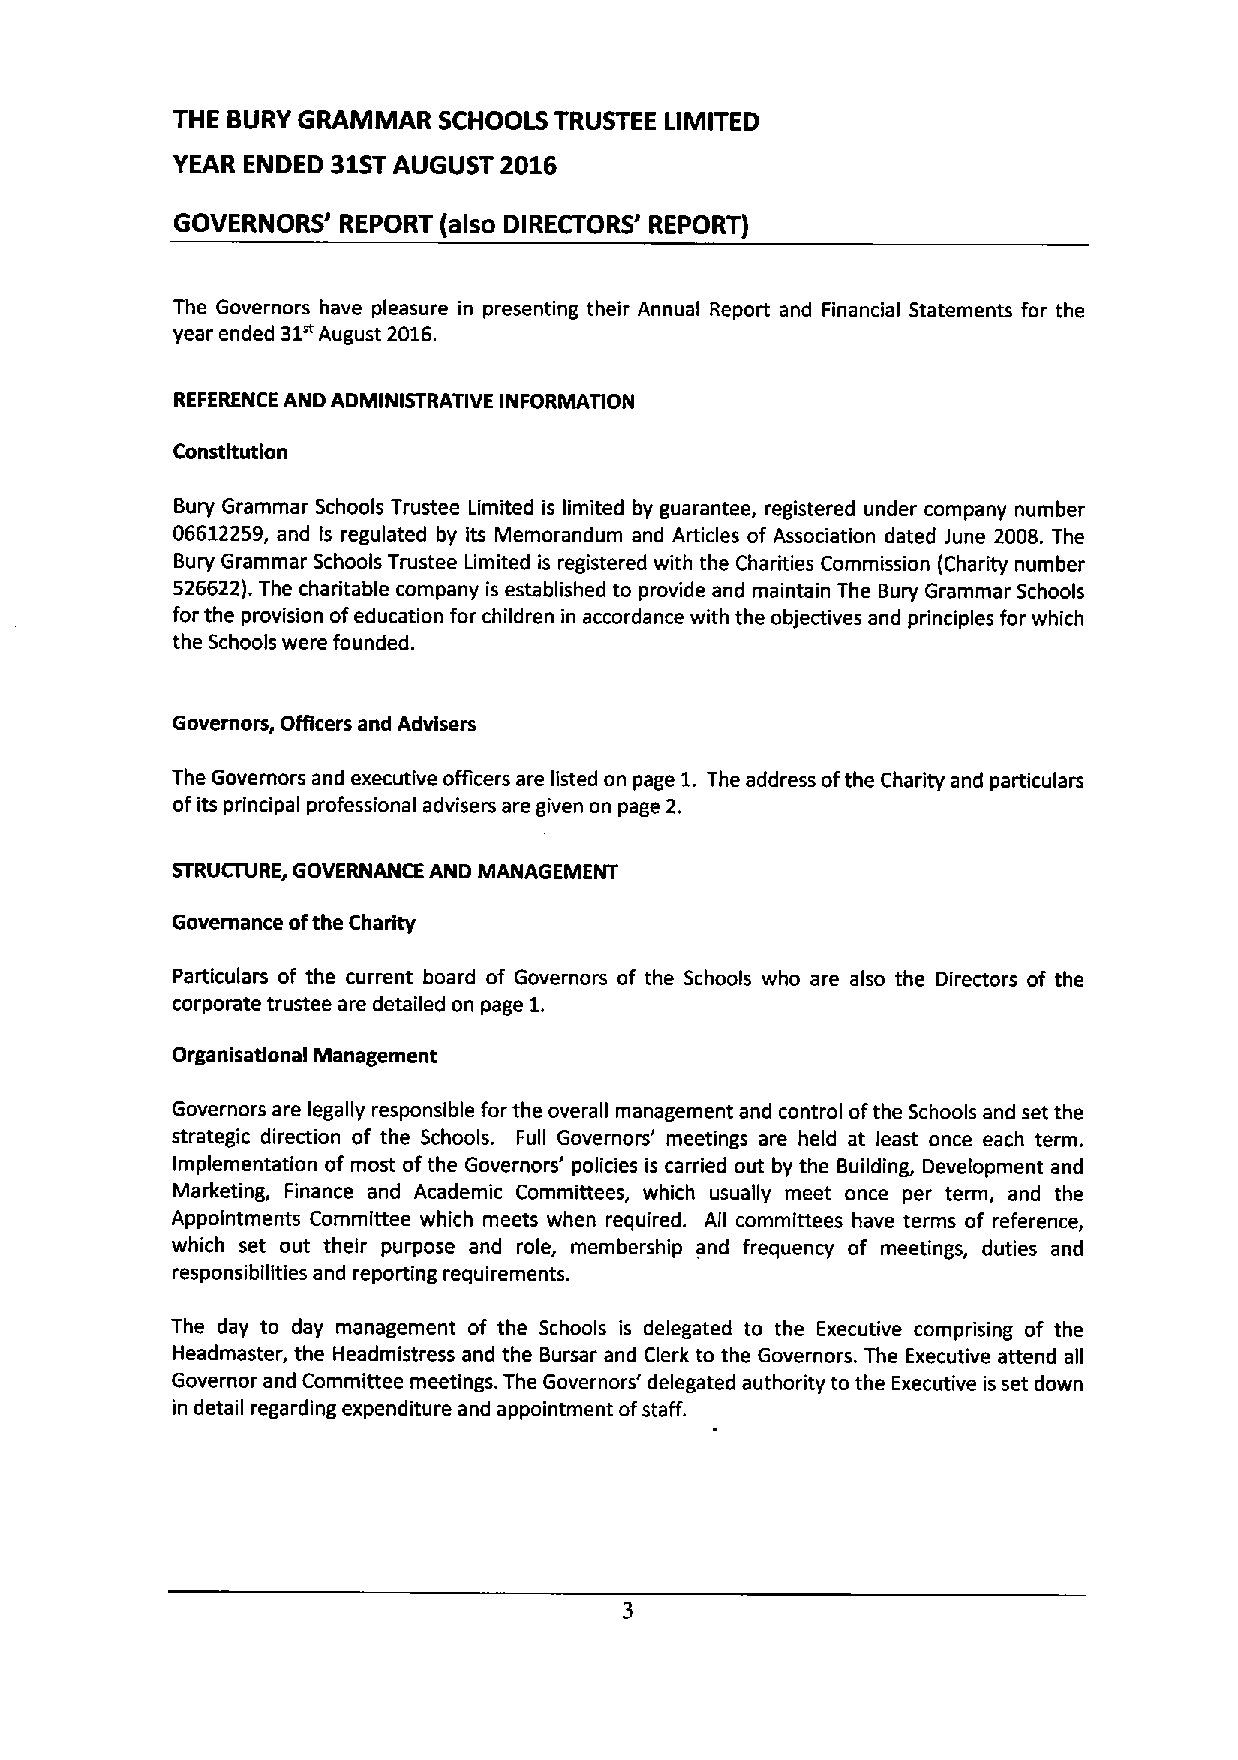
THE BURY GRAMMAR  SCHOOLS TRUSTEE LIMITED
 YEAR ENDED 31STAUGUST 2016
 GOVERNORS' REPORT (also DIRECTORS' REPORT)
 The Governors have pleasure in presenting their Annual Report and Financial Statements for the
 31"
 year ended August 2016.
 REFERENCE AND ADMINISTRATIVE INFORMATION
 Constitution
 Bury Grammar Schools Trustee Limited is limited by guarantee, registered under company number
 06612259, and Is regulated by its Memorandum and Articles of Association dated June 2008. The
 Bury Grammar Schools Trustee Limited is registered with the Charities Commission (Charity number
 526622).The charitable company is established to provide and maintain The Bury Grammar Schools
 for the provision ofeducation for children in accordance with the objectives and principles for which
 the Schools were founded.
 Governors, Officers and Advisers
 The Governors and executive officers are listed on page 1.The address ofthe Charity and particulars
 ofits principal professional advisers are given on page 2.
 STRUCTURE, GOVERNANCE AND MANAGEMENT
 Governance ofthe Charity
 Particulars of the current board of Governors of the Schools who are also the Directors of the
 corporate trustee are detailed on page 1.
 Organisatlonal Management
 Governors are legally responsible for the overall management and control ofthe Schools and set the
 strategic direction of the Schools. Full Governors' meetings are held at least once each term.
 Implementation of most ofthe Governors' policies is carried out by the Building, Development and
 Marketing, Finance and Academic Committees, which usually meet once per term, and the
 Appointments Committee which meets when required. All committees have terms of reference,
 which set out their purpose and role, membership and frequency of meetings, duties and
 responsibilities and reporting requirements.
 The day to day management of the Schools is delegated to the Executive comprising of the
 Headmaster, the Headmistress and the Bursar and Clerk to the Governors. The Executive attend all
 Governor and Committee meetings. The Governors' delegated authority to the Executive is set down
 in detail regarding expenditure and appointment ofstaff.